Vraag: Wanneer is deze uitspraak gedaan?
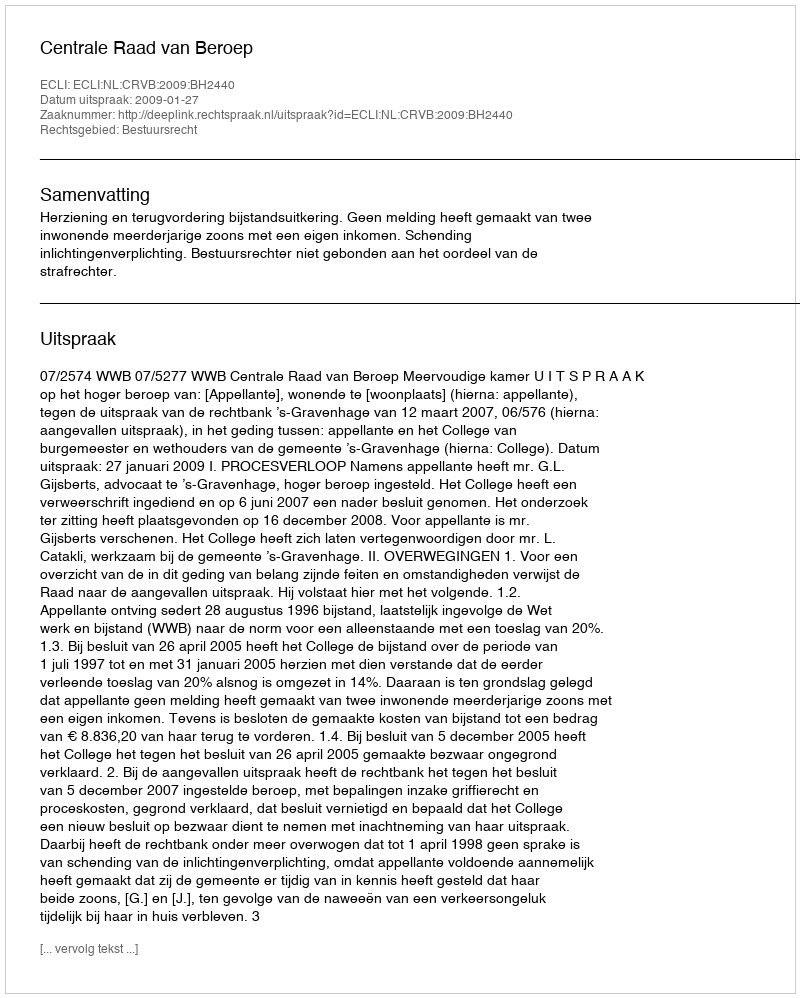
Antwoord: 2009-01-27